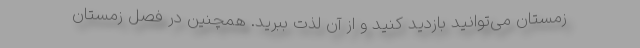
زمستان می‌توانید بازدید کنید و از آن لذت ببرید. همچنین در فصل زمستان